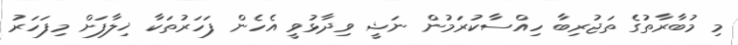
މި މުބާރާތުގެ ތަޖުރިބާ ހިއްސާކުރަމުން ނަޝީ ވިދާޅުވީ އެހެން ފަހަރުތަކާ ޚިލާފަށް މިފަހަރު